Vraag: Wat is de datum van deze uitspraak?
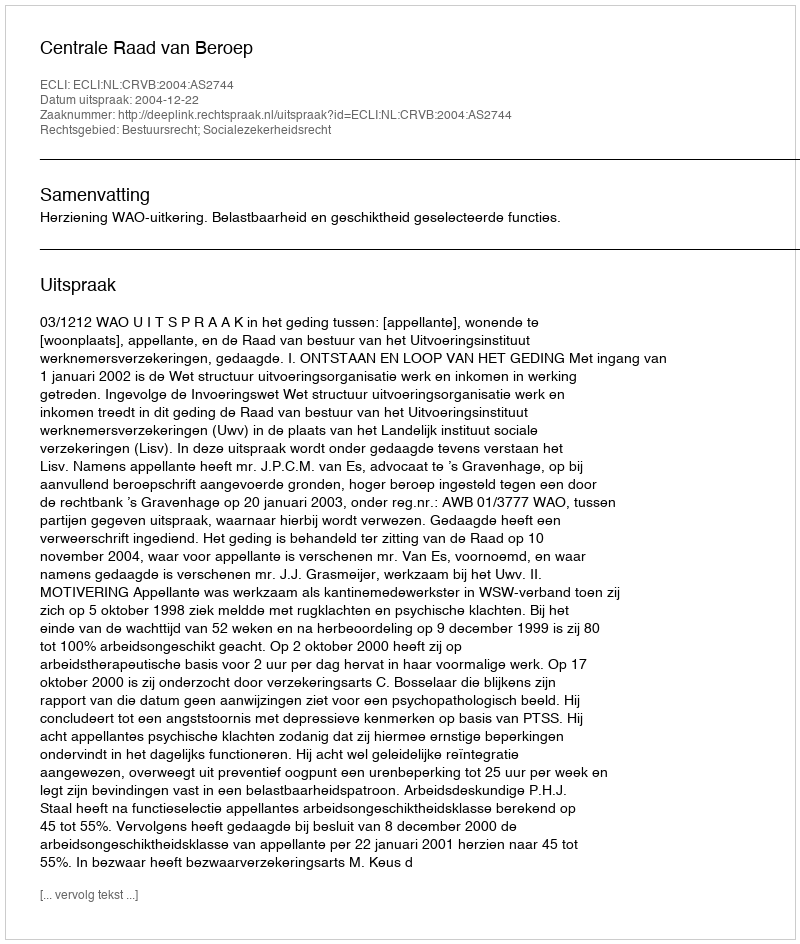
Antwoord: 2004-12-22